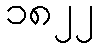
၁၈၂၂